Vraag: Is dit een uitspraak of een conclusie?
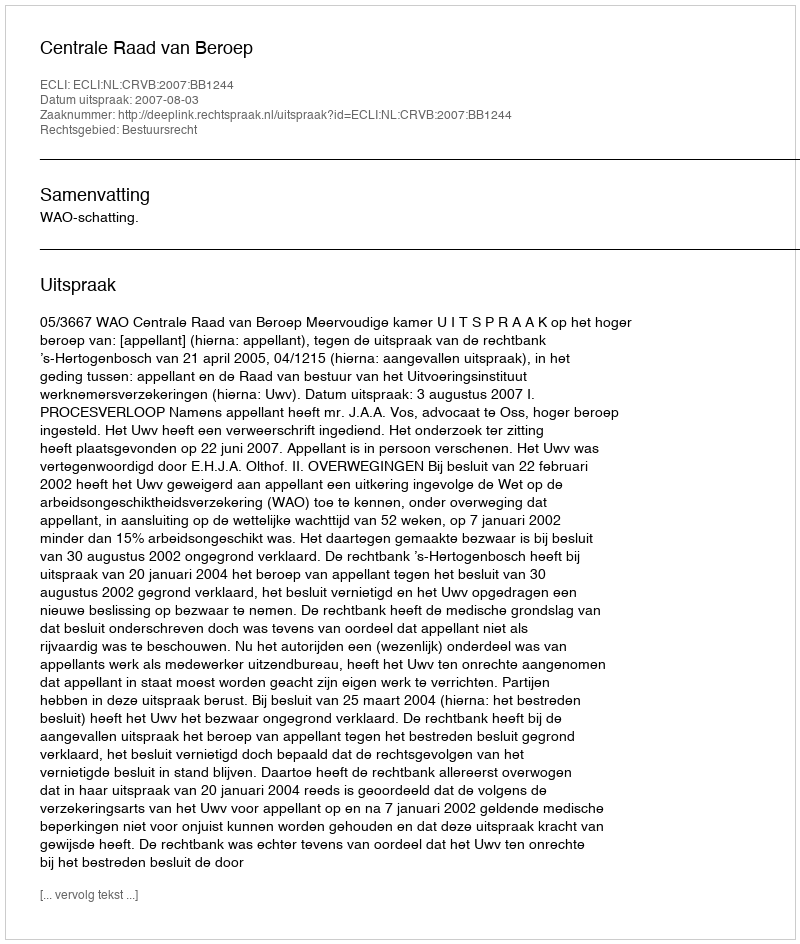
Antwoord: Uitspraak